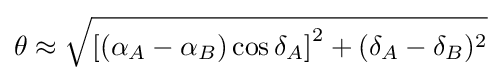
\theta \approx {\sqrt {\left[(\alpha _{A}-\alpha _{B})\cos \delta _{A}\right]^{2}+(\delta _{A}-\delta _{B})^{2}}}